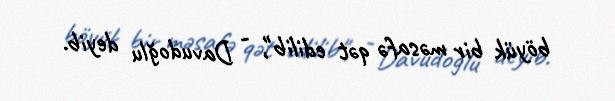
böyük bir məsafə qət edilib", - Davudoğlu deyib.